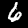
Digit: 6